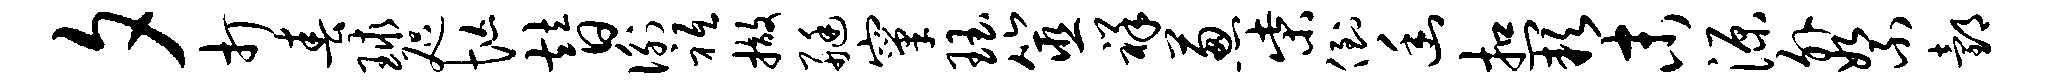
夕打春球咫忙替衡祗撤艇窠珏筮祥葱柴倒幽扣缺末源外絮邰